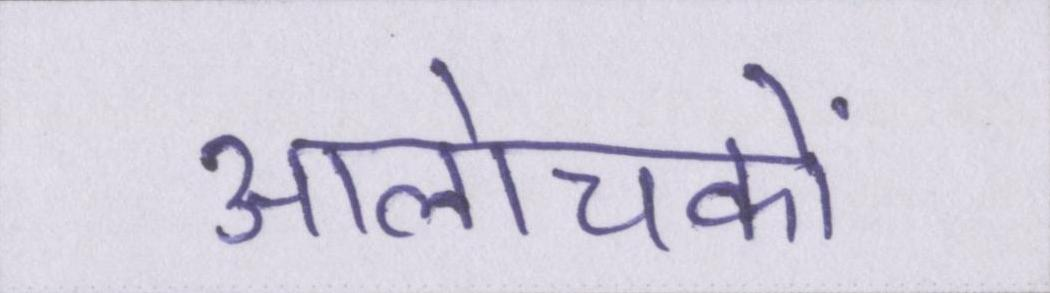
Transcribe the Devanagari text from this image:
आलोचकों